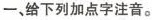
─、给下列加点字注音。